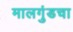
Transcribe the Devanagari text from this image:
मालगुंडचा